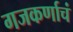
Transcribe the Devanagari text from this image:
गजकर्णाचं